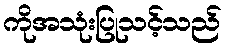
ကိုအသုံးပြုသင့်သည်